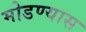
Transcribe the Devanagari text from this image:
मोडण्यास